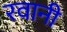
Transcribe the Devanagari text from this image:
रवानी